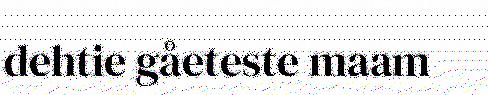
dehtie gåeteste maam